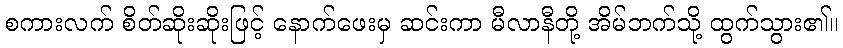
စကားလက် စိတ်ဆိုးဆိုးဖြင့် နောက်ဖေးမှ ဆင်းကာ မီလာနီတို့ အိမ်ဘက်သို့ ထွက်သွား၏။